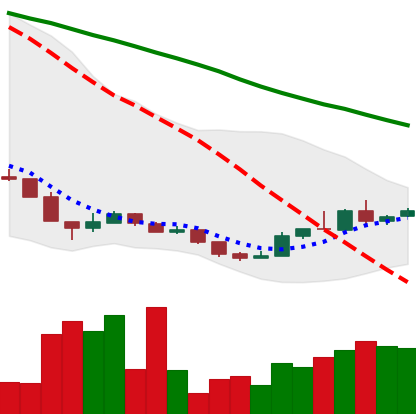
Ticker: XLM-USD
Chart end date: 2018-12-23
Forward return: -4.109%
Label: down_3_5